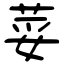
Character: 荽